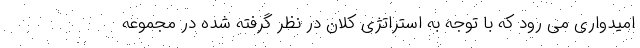
امیدواری می رود که با توجه به استراتژی کلان در نظر گرفته شده در مجموعه